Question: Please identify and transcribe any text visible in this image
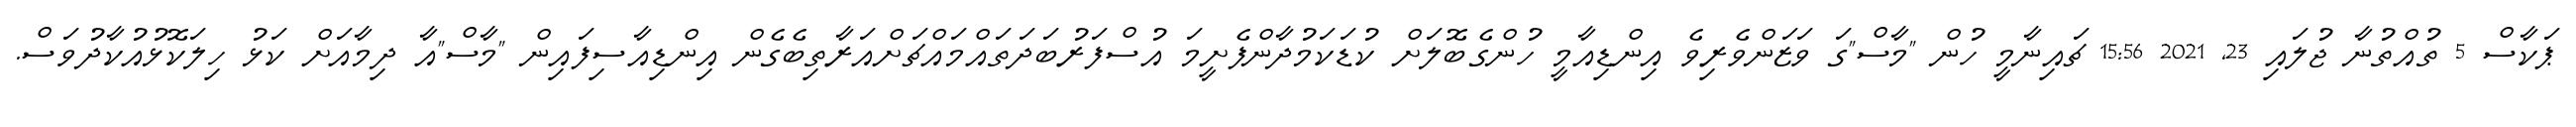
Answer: ޕަކާސް 5 ތުއްތުނާ ޖުލައި 23, 2021 15:56 ޗައިނާމީ ހުން "މާސް"ގަ ވަޒަންވެރިވެ އިންޑިއާމީ ހުންގެބޮލަށް ކުޑަކަމުދާންފެށީމަ އުސްފަރުބަދަތައްމައްޗަށްއަރާތިބެގެން އިންޑިއާސިފައިން "މާސް"އާ ދިމާއަށް ކަޅު ހިލަކޮޅުއުކާދުވަސް.